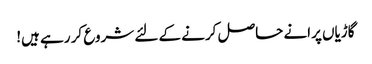
گاڑیاں پرانے حاصل کرنے کے لئے شروع کر رہے ہیں!